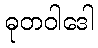
ဓုတဝါဒေါ